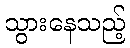
သွားနေသည့်